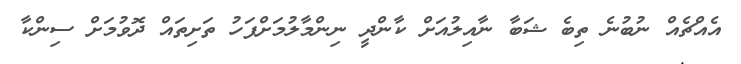
އެއްޗެއް ނުބުުނެ ތިބެ ޝަބާ ނާއިލުއަށް ކާންދީ ނިންމާލުމަށްފަހު ތަށިތައް ދޮވުމަށް ސިންކާ